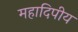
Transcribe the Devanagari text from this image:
महादिपीय